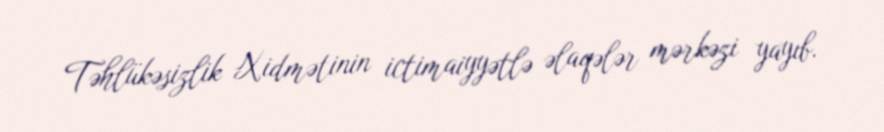
Təhlükəsizlik Xidmətinin ictimaiyyətlə əlaqələr mərkəzi yayıb.